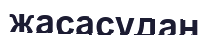
жасасудан